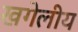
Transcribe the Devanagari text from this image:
खगेलीय